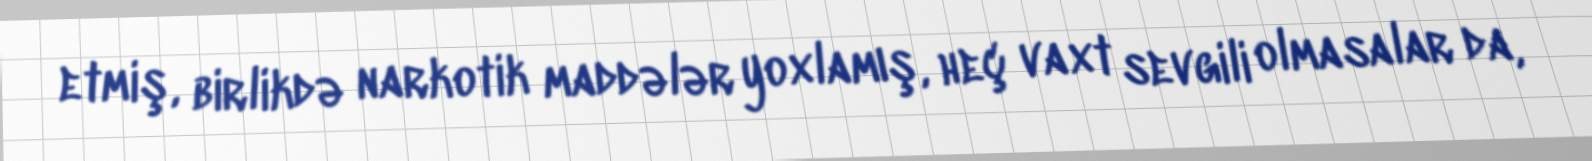
etmiş, birlikdə narkotik maddələr yoxlamış, heç vaxt sevgili olmasalar da,